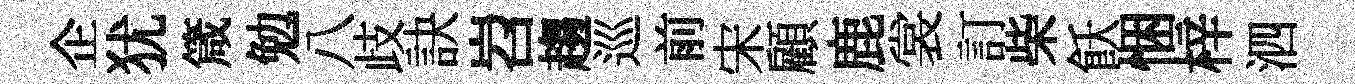
企犹箴勉八歧訣岧趨巡前宋顧鹿裳訂柴飫悃梓泗